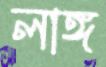
লাঙ্গ